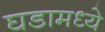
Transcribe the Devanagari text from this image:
घडामध्ये